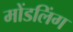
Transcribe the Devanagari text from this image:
मोंडलिंग